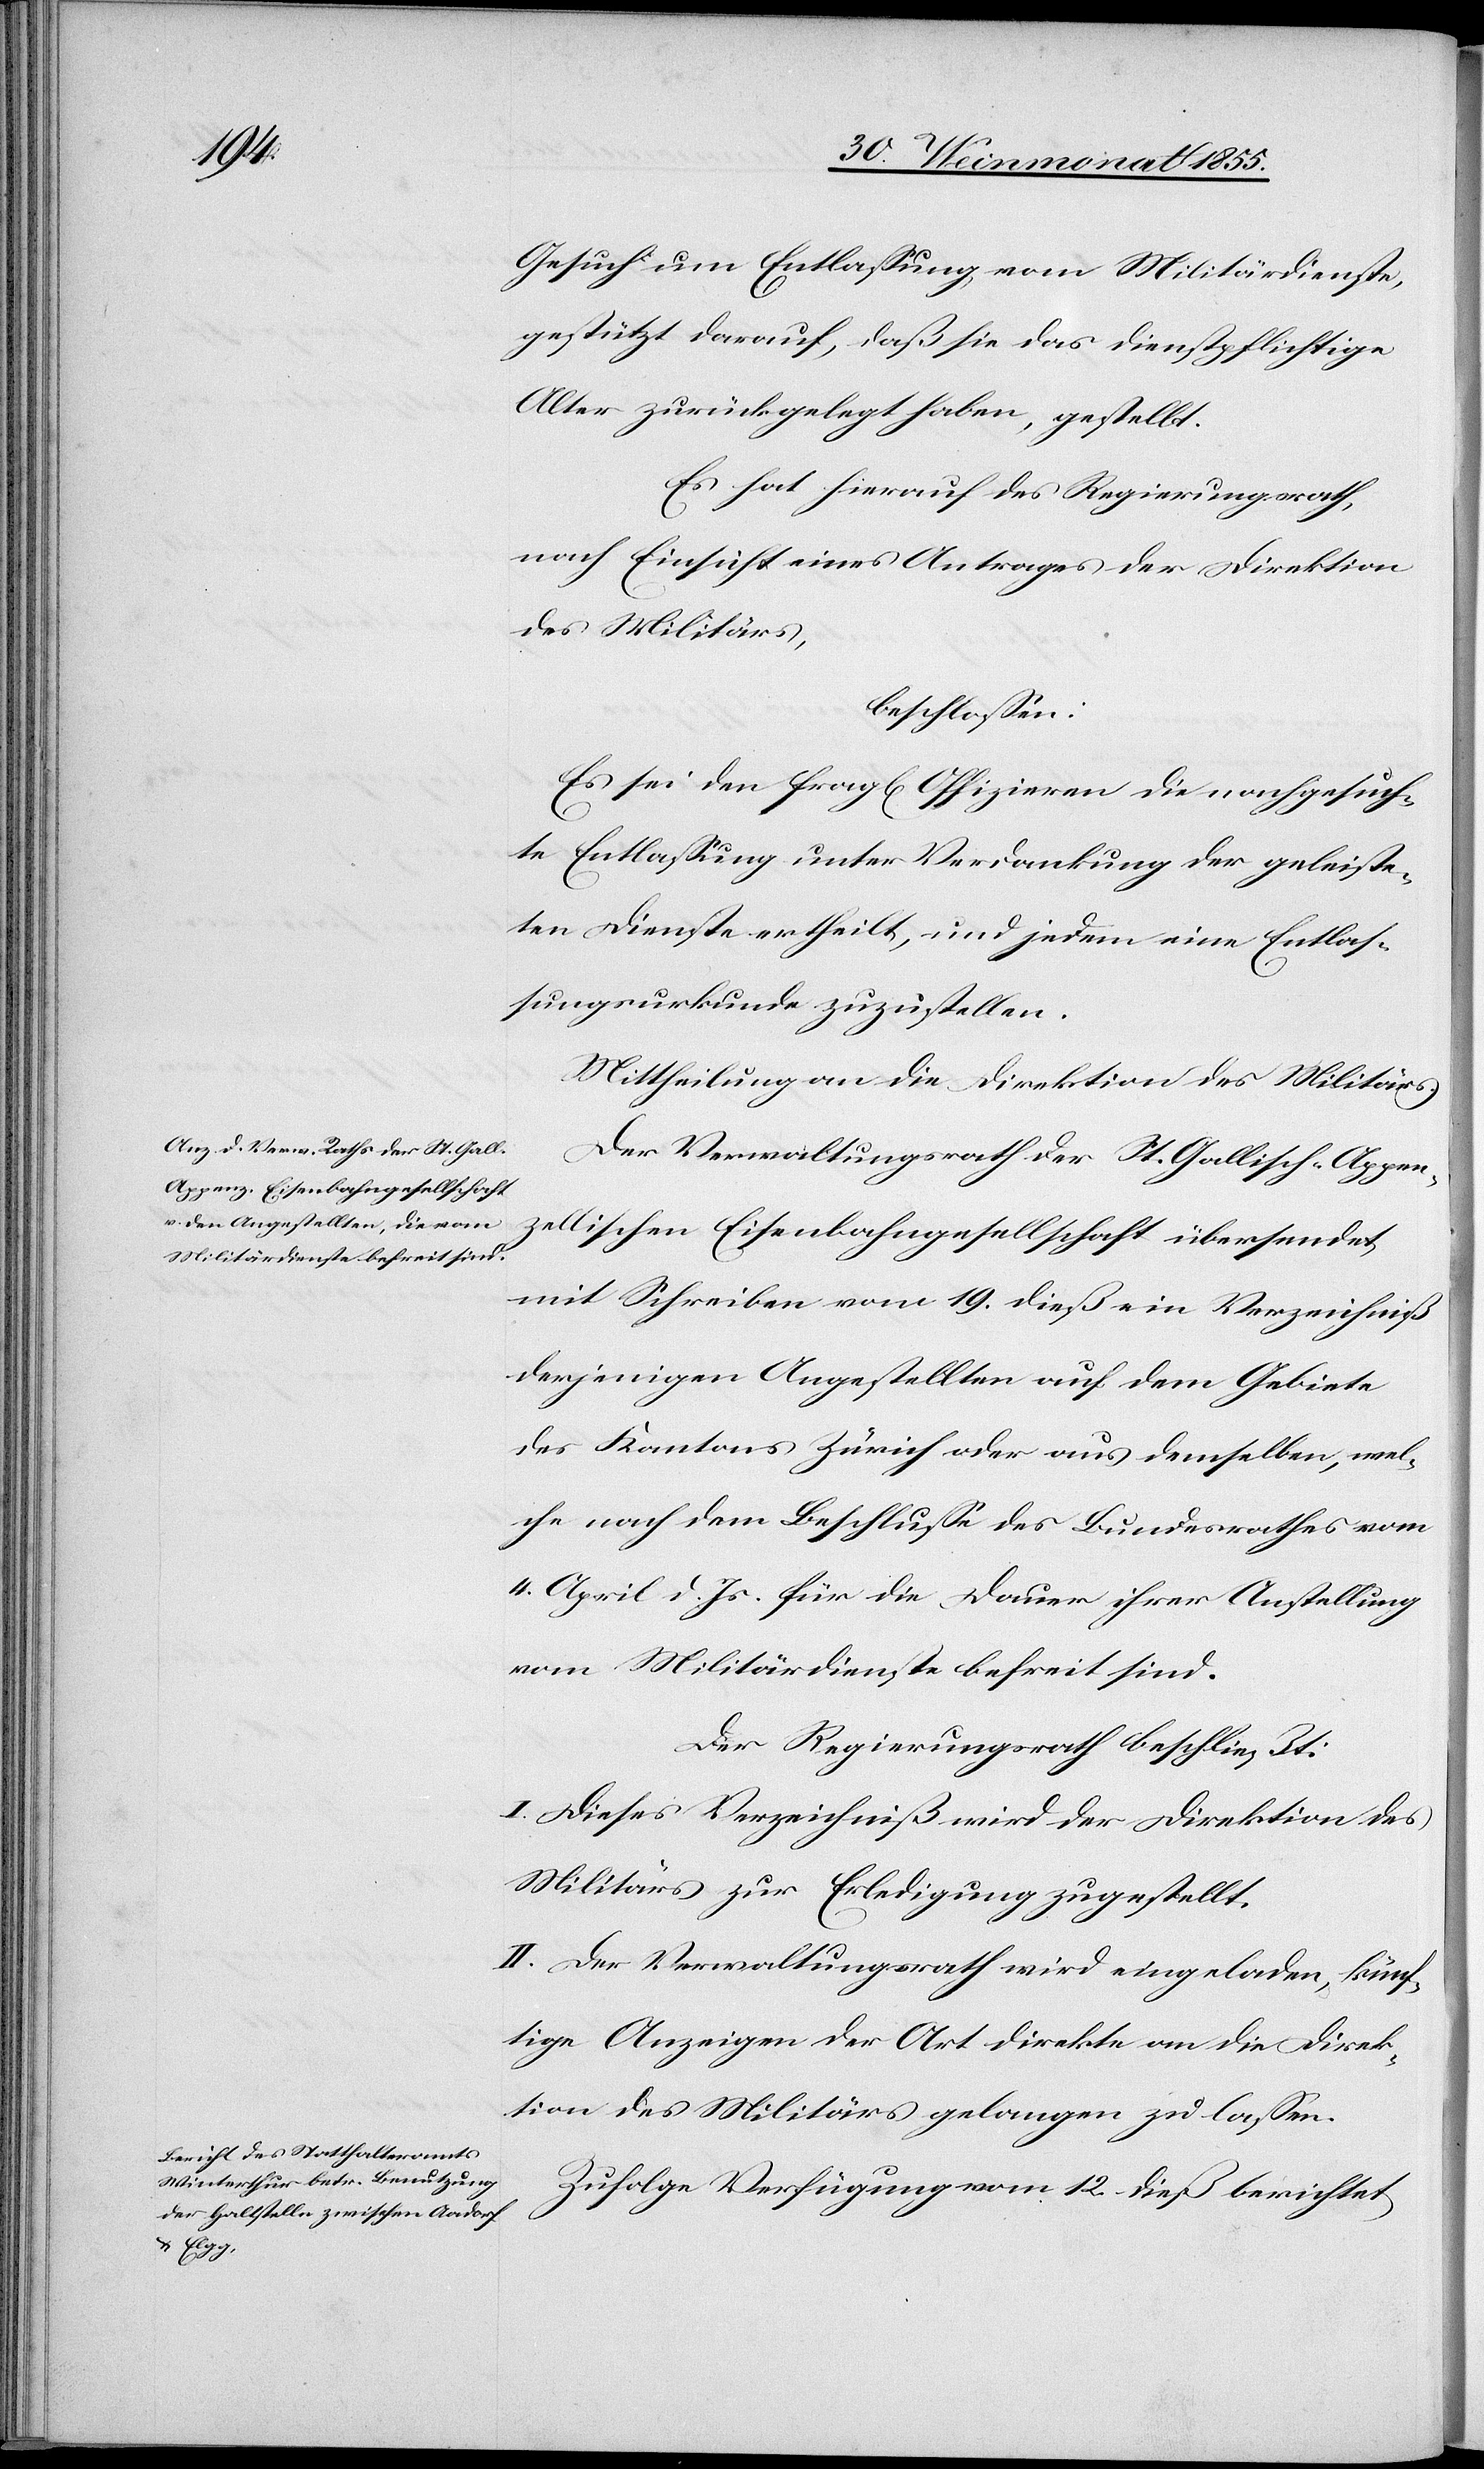
Gesuch um Entlassung vom Militärdienste,
gestützt darauf, daß sie das dienstpflichtige
Alter zurückgelegt haben, gestellt.
Es hat hierauf des [sic!] Regierungsrath,
nach Einsicht eines Antrages der Direktion
des Militärs,
beschlossen:
Es sei den fragl[ichen] Offizieren die nachgesuch¬
te Entlassung unter Verdankung der geleiste¬
ten Dienste ertheilt, und jedem eine Entlas¬
sungsurkunde zuzustellen.
Mittheilung an die Direktion des Militärs.
Der Verwaltungsrath der St. Gallisch-Appen¬
zellischen Eisenbahngesellschaft übersendet
mit Schreiben vom 19. dieß ein Verzeichniß
derjenigen Angestellten auf dem Gebiete
des Kantons Zürich oder aus demselben, wel¬
che nach dem Beschlusse des Bundesrathes vom
4. April d. Js. für die Dauer ihrer Anstellung
vom Militärdienste befreit sind.
Der Regierungsrath beschließt:
I. Dieses Verzeichniß wird der Direktion des
Militärs zur Erledigung zugestellt.
II. Der Verwaltungsrath wird eingeladen, künf¬
tige Anzeigen der Art direkte an die Direk¬
tion des Militärs gelangen zu lassen.
Zufolge Verfügung vom 12. dieß berichtet